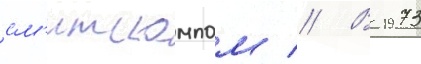
см'итскампом // В 1973